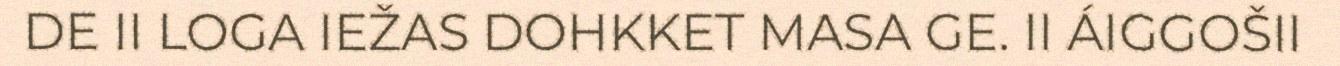
DE II LOGA IEŽAS DOHKKET MASA GE. II ÁIGGOŠII